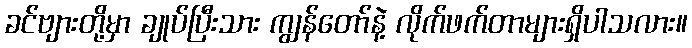
ခင်ဗျားတို့မှာ ချုပ်ပြီးသား ကျွန်တော်နဲ့ လိုက်ဖက်တာများရှိပါသလား။